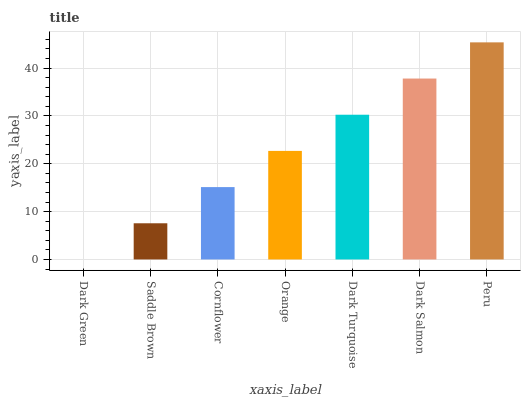
| xaxis_label | bars |
 | --- | --- |
 | Dark Green | 0 |
 | Saddle Brown | 7.56 |
 | Cornflower | 15.1 |
 | Orange | 22.7 |
 | Dark Turquoise | 30.2 |
 | Dark Salmon | 37.8 |
 | Peru | 45.4 |